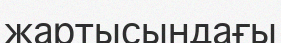
жартысындағы